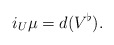
\begin{align*} i_U\mu=d(V^\flat).\end{align*}